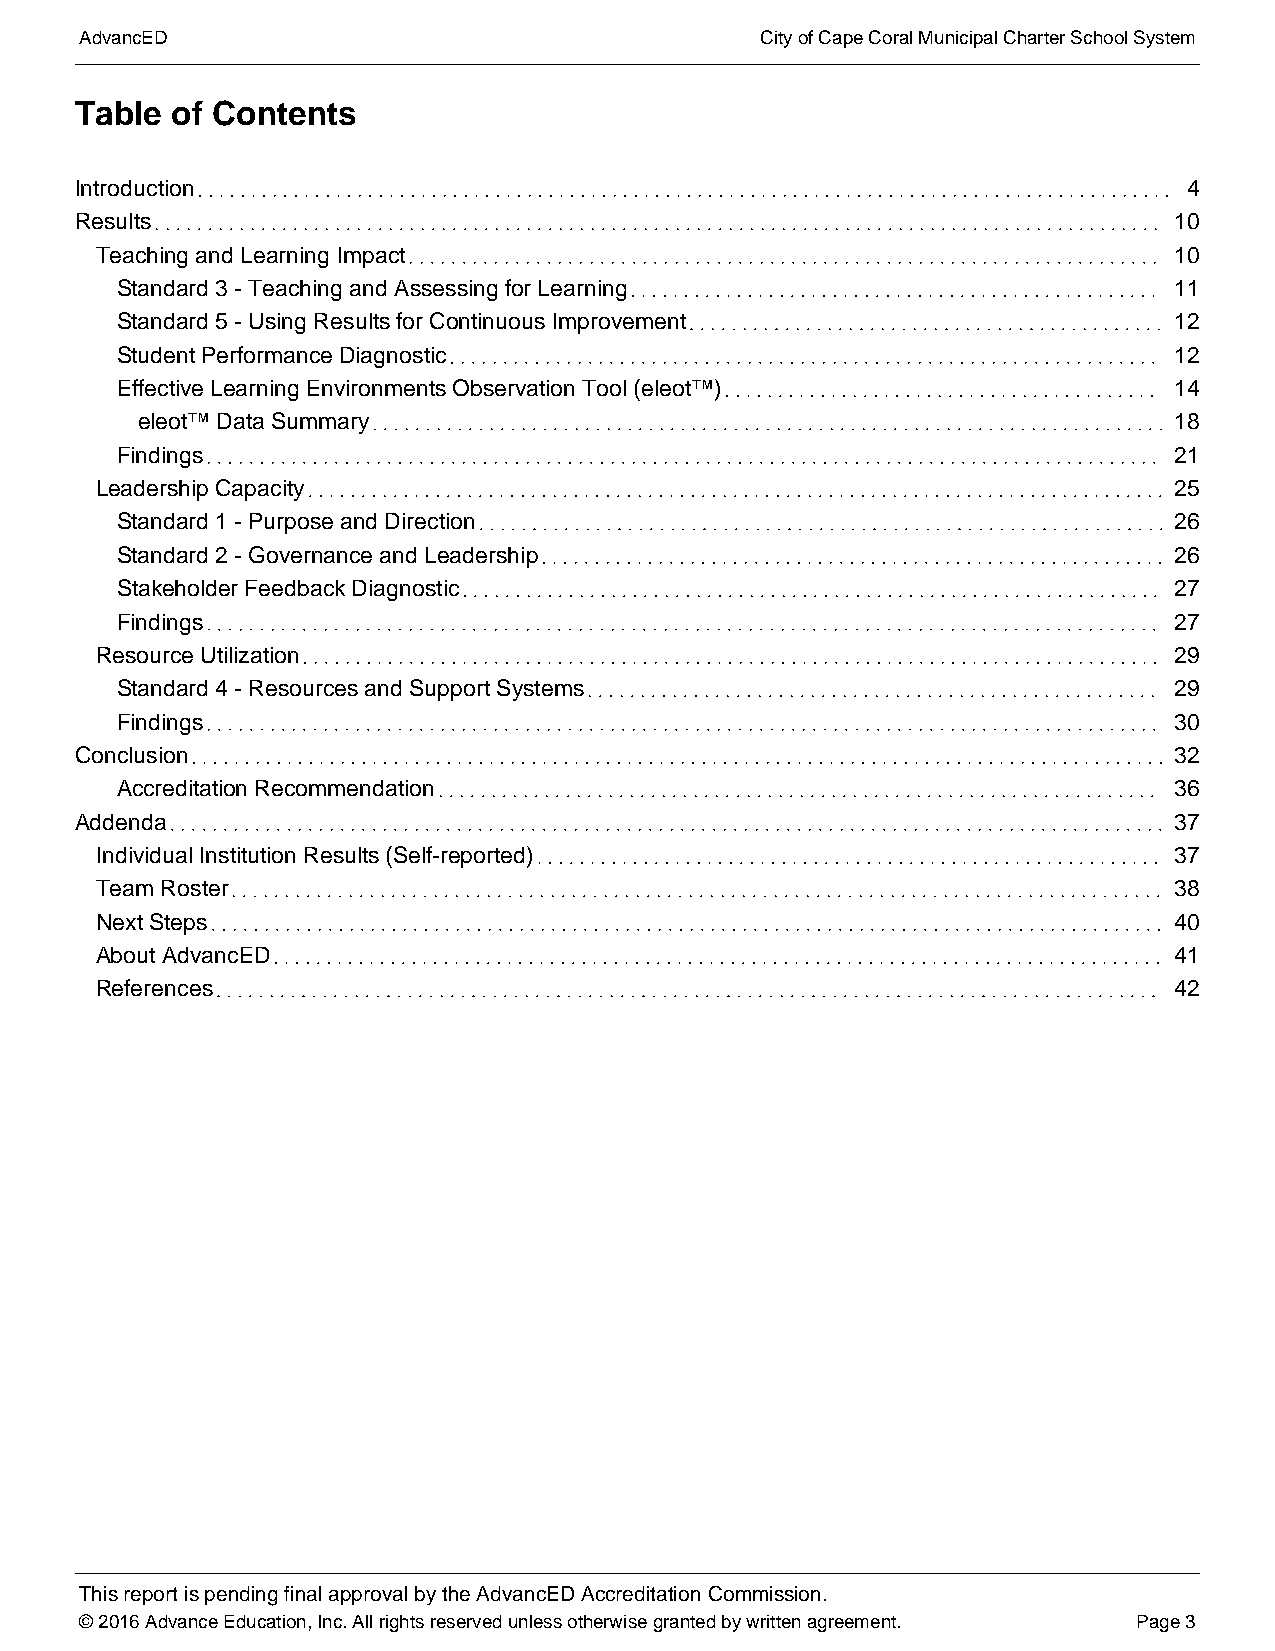
AAddvvaannccEEDD                             CCiittyy ooff CCaappee CCoorraall MMuunniicciippaall CChhaarrtteerr SScchhooooll SSyysstteemm
 Table of Contents
 Introduction                                                              4
 Results                                                                  10
 Teaching and Learning Impact                                            10
 Standard 3 - Teaching and Assessing for Learning                      11
 Standard 5 - Using Results for Continuous Improvement                 12
 Student Performance Diagnostic                                        12
 Effective Learning Environments Observation Tool (eleot™)             14
 eleot™ Data Summary                                                  18
 Findings                                                              21
 Leadership Capacity                                                     25
 Standard 1 - Purpose and Direction                                    26
 Standard 2 - Governance and Leadership                                26
 Stakeholder Feedback Diagnostic                                       27
 Findings                                                              27
 Resource Utilization                                                    29
 Standard 4 - Resources and Support Systems                            29
 Findings                                                              30
 Conclusion                                                               32
 Accreditation Recommendation                                          36
 Addenda                                                                  37
 Individual Institution Results (Self-reported)                          37
 Team Roster                                                             38
 Next Steps                                                              40
 About AdvancED                                                          41
 References                                                              42
 DTThhoiicssu rrmeeppeoonrrttt Giisse ppneeennraddtiienndgg Offiinnnaa Mll aaappypp 2rroo6vv, aa2ll 0bb1yy6 tthhee AAddvvaannccEEDD AAccccrreeddiittaattiioonn CCoommmmiissssiioonn..
 ©© 22001166 AAddvvaannccee EEdduuccaattiioonn,, IInncc.. AAllll rriigghhttss rreesseerrvveedd uunnlleessss ootthheerrwwiissee ggrraanntteedd bbyy wwrriitttteenn aaggrreeeemmeenntt.. PPaaggee 33